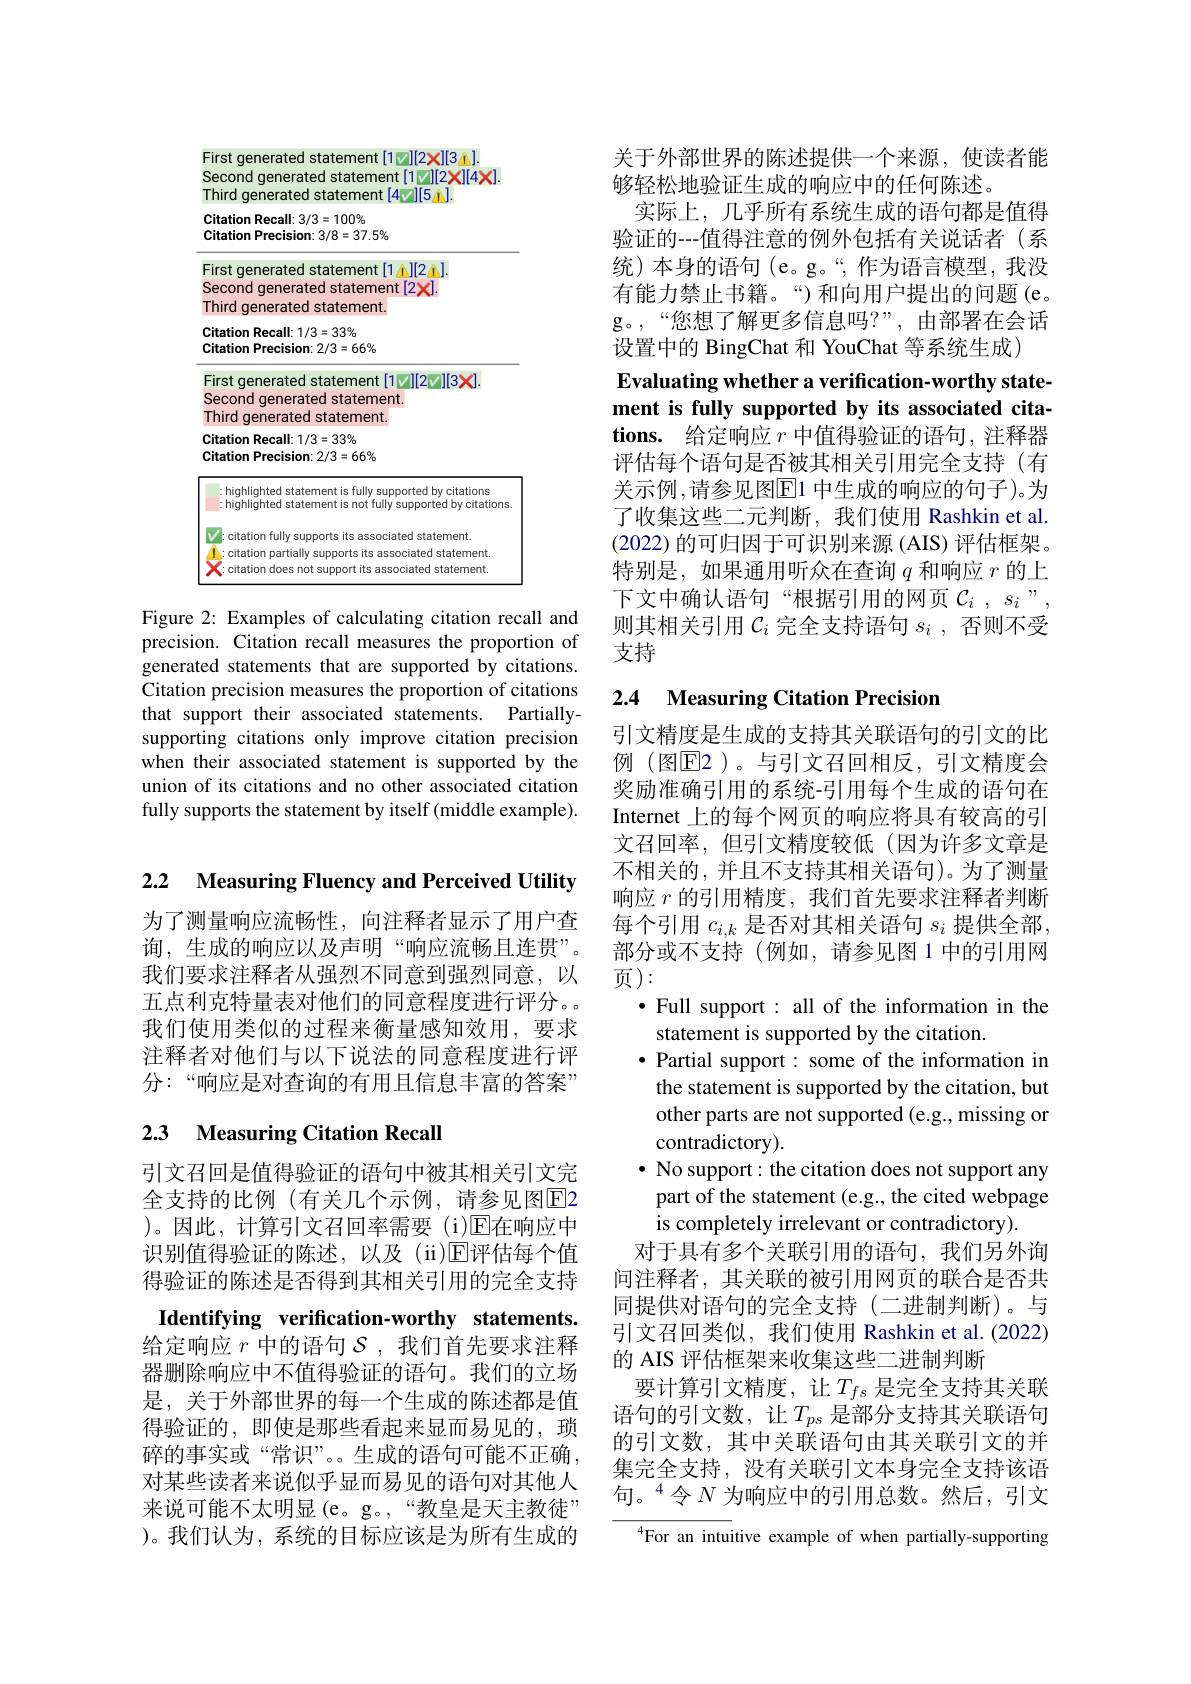
<FigureHere>

Figure 2: Examples of calculating citation recall and

precision. Citation recall measures the proportion of generated statements that are supported by citations. Citation precision measures the proportion of citations that support their associated statements. Partiallysupporting citations only improve citation precision when their associated statement is supported by the union of its citations and no other associated citation fully supports the statement by itself (middle example).

2.2 Measuring Fluency and Perceived Utility

为了测量响应流畅性，向注释者显示了用户查询，生成的响应以及声明“响应流畅且连贯”。我们要求注释者从强烈不同意到强烈同意，以五点利克特量表对他们的同意程度进行评分。我们使用类似的过程来衡量感知效用，要求注释者对他们与以下说法的同意程度进行评分：“响应是对查询的有用且信息丰富的答案”

# 2.3 Measuring Citation Recall

引文召回是值得验证的语句中被其相关引文完全支持的比例 (有关几个示例，请参见图E2 )。因此，计算引文召回率需要(i)E在响应中识别值得验证的陈述，以及(ii)$\mathbb{E}$评估每个值得验证的陈述是否得到其相关引用的完全支持Identifying verification-worthy statements. 给定响应$r$中的语句$\mathcal{S}$ ,我们首先要求注释器删除响应中不值得验证的语句。我们的立场是，关于外部世界的每一个生成的陈述都是值得验证的，即使是那些看起来显而易见的，琐碎的事实或“常识”。生成的语句可能不正确 , 对某些读者来说似乎显而易见的语句对其他人来说可能不太明显(e。g。,“教皇是天主教徒” )。我们认为，系统的目标应该是为所有生成的

关于外部世界的陈述提供一个来源，使读者能
够轻松地验证生成的响应中的任何陈述。
实际上，几乎所有系统生成的语句都是值得验证的---值得注意的例外包括有关说话者(系统)本身的语句(e。g。“,作为语言模型，我没有能力禁止书籍。“)和向用户提出的问题(e。g。,“您想了解更多信息吗？”,由部署在会话设置中的 BingChat 和 YouChat 等系统生成)

Evaluating whether a verification-worthy statement is fully supported by its associated cita-

$\textbf{tions. 给 定 响 应 }r$中值得验证的语句，注释器评估每个语句是否被其相关引用完全支持(有关示例，请参见图$\overline{\mathrm{E}}1$ 中生成的响应的句子)。为了收集这些二元判断，我们使用 Rashkin et al. (2022)的可归因于可识别来源 (AIS)评估框架。特别是，如果通用听众在查询$q$和响应$r$的上下文中确认语句“根据引用的网页$\mathcal{C}_i,s_i$ ", 则其相关引用$\mathcal{C}_i$完全支持语句$s_i$,否则不受支持

## 2.4 Measuring Citation Precision

引文精度是生成的支持其关联语句的引文的比例(图$\overline{\mathrm{E}}$2)。与引文召回相反，引文精度会奖励准确引用的系统-引用每个生成的语句在Internet 上的每个网页的响应将具有较高的引文召回率，但引文精度较低(因为许多文章是不相关的，并且不支持其相关语句)。为了测量响应$r$的引用精度，我们首先要求注释者判断每个引用$c_{i,k}$是否对其相关语句$s_i$提供全部部分或不支持 (例如，请参见图 1 中的引用网$\overline {\text{页 }}$ ):
$\bullet$ Full support: all of the information in the
statement is supported by the citation.
·Partial support: some of the information in
the statement is supported by the citation, but other parts are not supported (e.g., missing or contradictory).
$\bullet$ No support: the citation does not support any part of the statement (e.g., the cited webpage is completely irrelevant or contradictory).
对于具有多个关联引用的语句，我们另外询问注释者，其关联的被引用网页的联合是否共同提供对语句的完全支持(二进制判断)。与引文召回类似，我们使用 Rashkin et al.(2022) 的 AIS 评估框架来收集这些二进制判断
要计算引文精度，让$T_fs$ 是完全支持其关联语句的引文数，让$T_{ps}$ 是部分支持其关联语句的引文数，其中关联语句由其关联引文的并集完全支持，没有关联引文本身完全支持该语句。$^{4}$令$N$ 为响应中的引用总数。然后，引文
${^{4}\text{For an intuitive example of when partially-supporting}}$